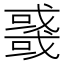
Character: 𰒲